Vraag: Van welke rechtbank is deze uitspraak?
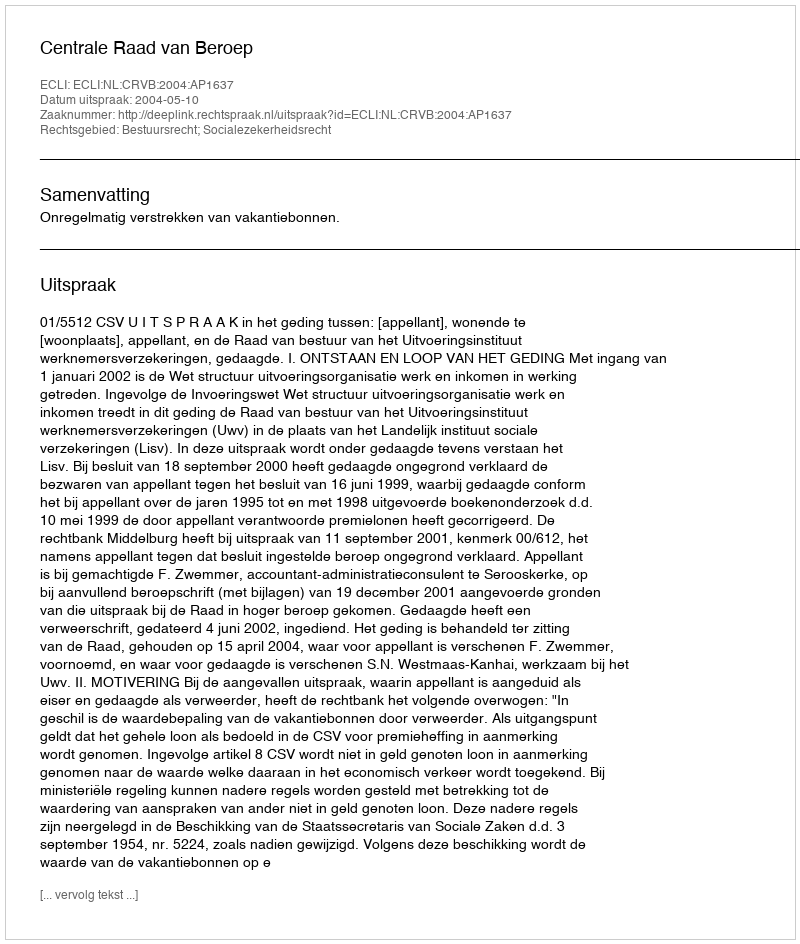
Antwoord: Centrale Raad van Beroep